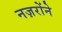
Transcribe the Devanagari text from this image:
नज़रोंने